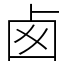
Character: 卥